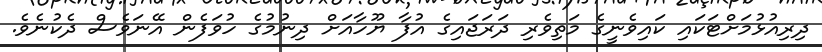
ދިރިއުޅުމަށްޓަކައި ކައިވެނީގެ މަތިވެރި ދަރަޖައިގެ އުފާ ޔޫހާއަށް ދިނުމުގެ ހުވަފެން އޭނަވެސް ދެކުނެވެ.